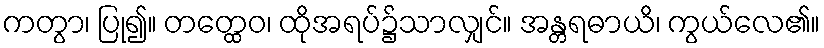
ကတွာ၊ ပြု၍။ တတ္ထေဝ၊ ထိုအရပ်၌သာလျှင်။ အန္တရဓာယိ၊ ကွယ်လေ၏။